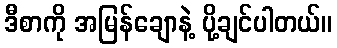
ဒီစာကို အမြန်ချောနဲ့ ပို့ချင်ပါတယ်။